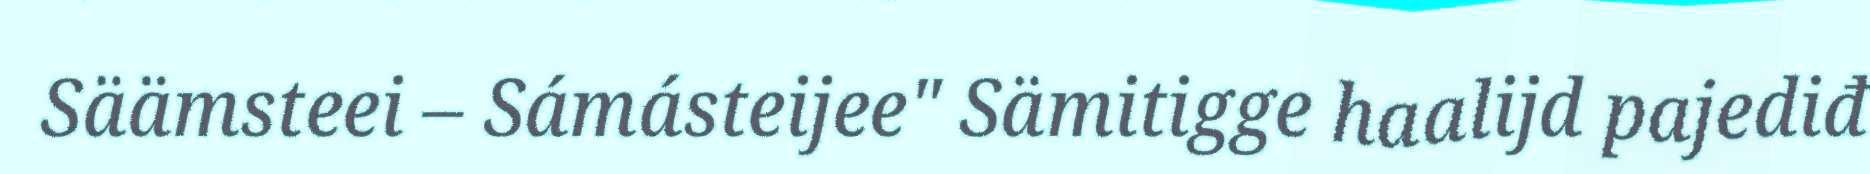
Säämsteei – Sámásteijee" Sämitigge haalijd pajediđ